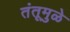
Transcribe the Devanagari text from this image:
तंतूमुळे